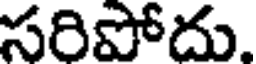
సరిపోదు.